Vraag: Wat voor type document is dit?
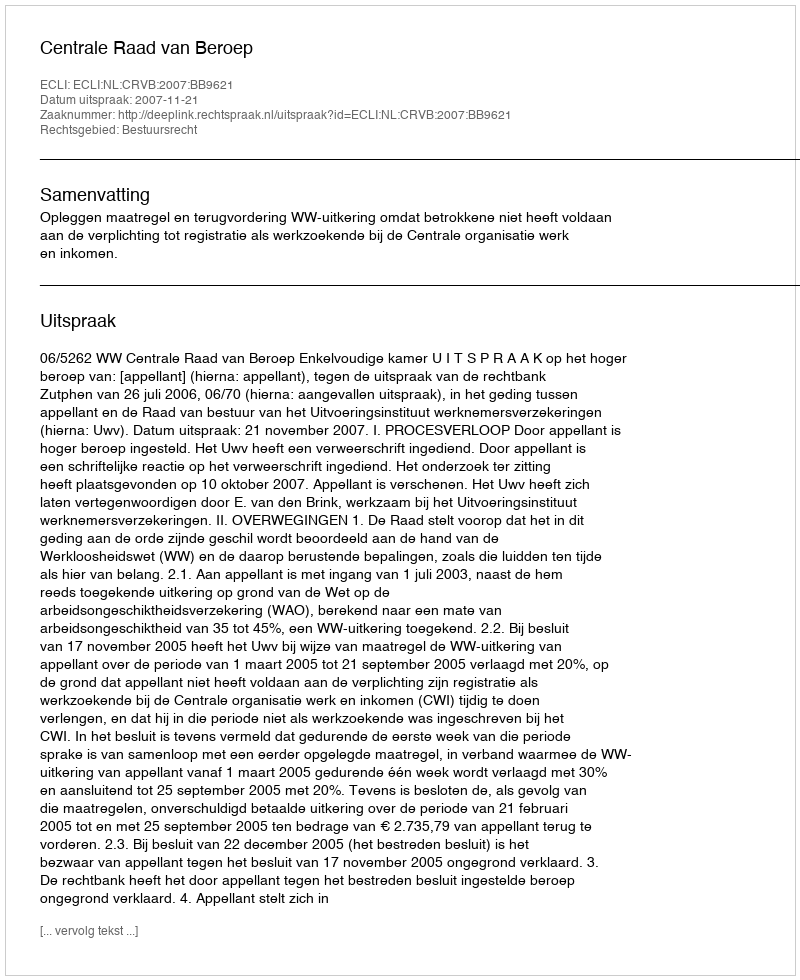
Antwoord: Uitspraak